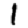
Digit: 1